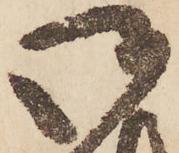
御